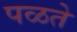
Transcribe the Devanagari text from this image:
पळते